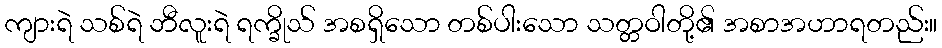
ကျားရဲ သစ်ရဲ ဘီလူးရဲ ရက္ခိုသ် အစရှိသော တစ်ပါးသော သတ္တဝါတို့၏ အစာအဟာရတည်း။